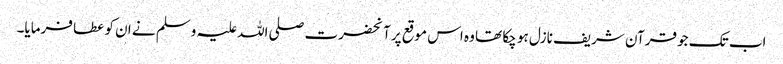
اب تک جو قرآن شریف نازل ہو چکا تھا وہ اس موقع پر آنحضرت صلی اللہ علیہ وسلم نے ان کو عطا فرمایا۔